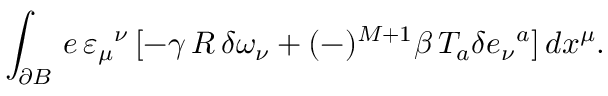
\int _ { \partial B } \, e \, \varepsilon _ { \mu } { } ^ { \nu } \, [ - \gamma \, R \, \delta \omega _ { \nu } + ( - ) ^ { M + 1 } \beta \, T _ { a } \delta e _ { \nu } { } ^ { a } ] \, d x ^ { \mu } .